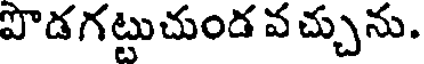
పొడగట్టుచుండ వ చ్చును.